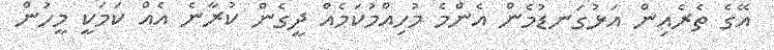
އޭގެ ތެރެއިން އަޅުގަނޑުމެން އެންމެ މުހިއްމުކަމެއް ދީގެން ކުރާނެ އެއް ކަމަކީ މީހުން